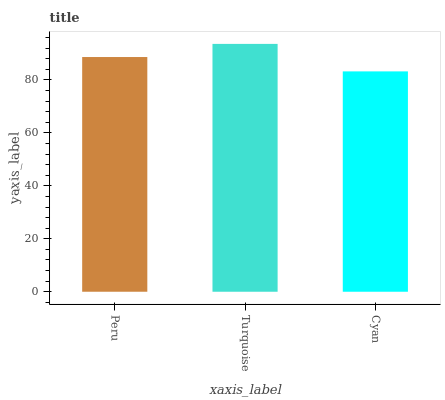
| xaxis_label | bars |
 | --- | --- |
 | Peru | 88.6 |
 | Turquoise | 93.6 |
 | Cyan | 83.2 |